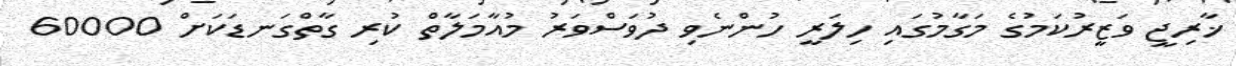
ޚާރިޖީ ވަޒީރުކަމުގެ މަގާމުގައި ހިލަރީ ހުންނެވި ދުވަސްވަރު މުއާމަލާތް ކުރި ގާތްގަނޑަކަށް 60000